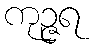
ကုဉ္ဇရ